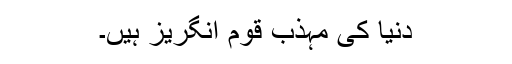
دنیا کی مہذب قوم انگریز ہیں۔